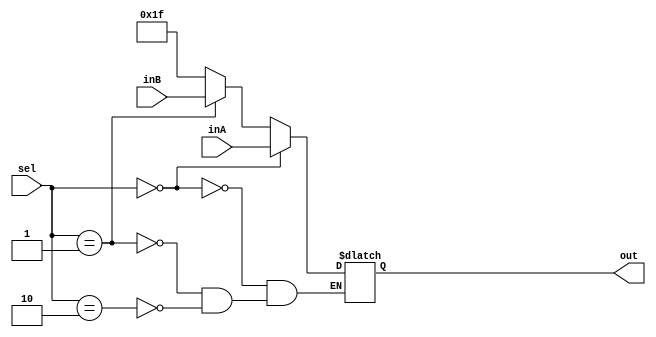
`timescale 1ns / 1ps

////////////////////////////////////////////////////////////////////////////////
// ECE369 - Computer Architecture
// Laboratory 1
// Module - Mux32Bit2To1.v
// Description - Performs signal multiplexing between 2 32-Bit words.
////////////////////////////////////////////////////////////////////////////////

module Mux5Bit2To1(out, inA, inB, sel);

    output reg [4:0] out;
    
    input [4:0] inA;
    input [4:0] inB;
	 reg [4:0] ra;
    input [1:0] sel;
	 
always @(sel, inA, inB) begin
		ra <= 5'b11111;

		if(sel == 2'b00)begin
		out <= inA;
		end

		else if(sel == 2'b01)begin
		out <= inB;
		end
		
		else if(sel == 2'b10) begin //jal
			out <= ra;
		end

	end

endmodule